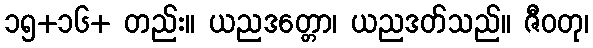
၁၅+၁၆+ တည်း။ ယညဒတ္တော၊ ယညဒတ်သည်။ ဇီဝတု၊